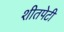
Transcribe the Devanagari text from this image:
शीतपेटी